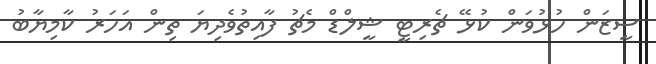
ސީޒަން ހުޅުވަން ކުޅޭ ޗެރިޓީ ޝީލްޑް މެޗު ފާއިތުވެދިޔަ ތިން އަހަރު ކާމިޔާބު